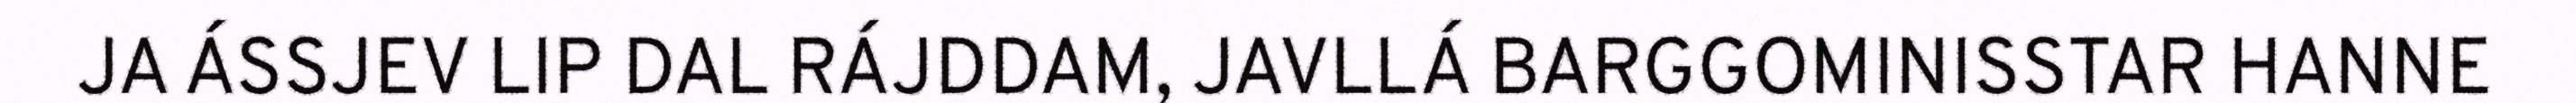
JA ÁSSJEV LIP DAL RÁJDDAM, JAVLLÁ BARGGOMINISSTAR HANNE